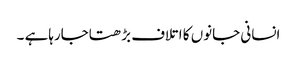
انسانی جانوں کا اتلاف بڑھتاجارہاہے ۔